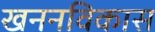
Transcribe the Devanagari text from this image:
खननविकास